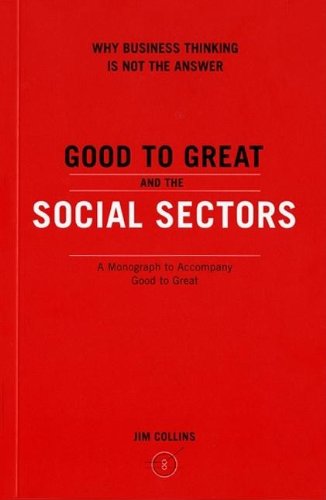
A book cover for Good to Great and the Social Sectors: A Monograph to Accompany Good to Great; Jim Collins; Business & Money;